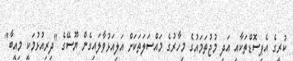
ކުރީގެ އެޕިސޮޑްތަކާއި އަދި މުޖުތަމައުގެ މިހާރުގެ މައްސަލަތަކަށް އަލިއަޅުވާލައިގެން ޔޫސޭގެ "ދިރިއުޅުމަކީ މިއީބާ"